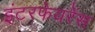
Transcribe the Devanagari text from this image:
इंटरफेयरेंस